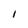
Character: I